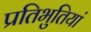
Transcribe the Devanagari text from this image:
प्रतिभुतियां